Annual statistical returns and brief notes on vaccination in Bengal - 1887-1898
Year: 1887
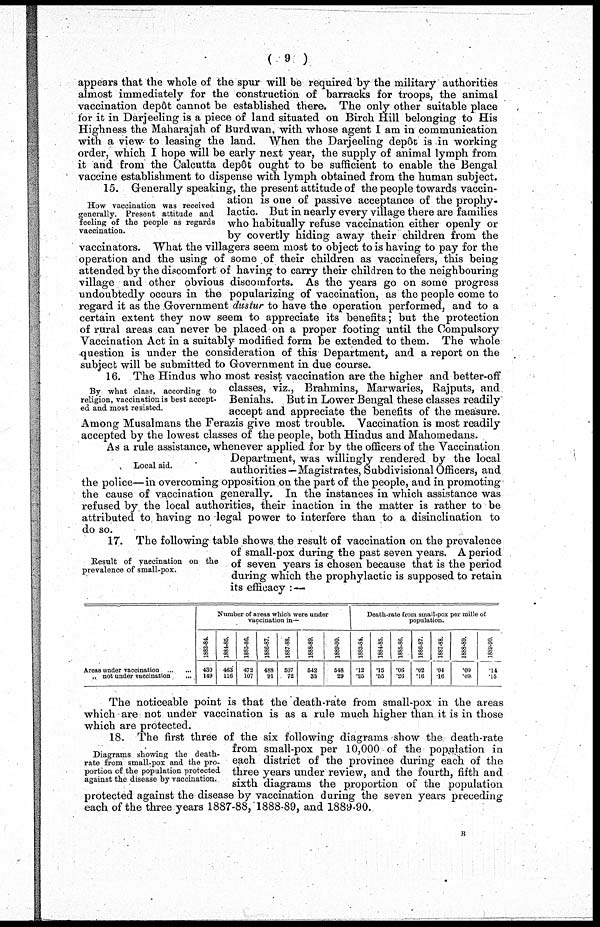
( 9 )
appears that the whole of the spur will be required by the military authorities
almost immediately for the construction of barracks for troops, the animal
vaccination depôt cannot be established there. The only other suitable place
for it in Darjeeling is a piece of land situated on Birch Hill belonging to His
Highness the Maharajah of Burdwan, with whose agent I am in communication
with a view to leasing the land. When the Darjeeling depôt is in working
order, which I hope will be early next year, the supply of animal lymph from
it and from the Calcutta depôt ought to be sufficient to enable the Bengal
vaccine establishment to dispense with lymph obtained from the human subject.
How vaccination was received
g enerally. Present attitude and
feeling of the people as regards
vaccination.
15. Generally speaking, the present attitude of the people towards vaccin-
ation is one of passive acceptance of the prophy-
lactic. But in nearly every village there are families
who habitually refuse vaccination either openly or
by covertly hiding away their children from the
vaccinators. What the villagers seem most to object to is having to pay for the
operation and the using of some of their children as vaccinefers, this being
attended by the discomfort of having to carry their children to the neighbouring
village and other obvious discomforts. As the years go on some progress
undoubtedly occurs in the popularizing of vaccination, as the people come to
regard it as the Government dustur to have the operation performed, and to a
certain extent they now seem to appreciate its benefits; but the protection
of rural areas can never be placed on a proper footing until the Compulsory
Vaccination Act in a suitably modified form be extended to them. The whole
question is under the consideration of this Department, and a report on the
subject will be submitted to Government in due course.
By what class, according to
religion, vaccination is best accept-
ed and most resisted.
16. The Hindus who most resist vaccination are the higher and better-off
classes, viz., Brahmins, Marwaries, Rajputs, and
Beniahs. But in Lower Bengal these classes readily
accept and appreciate the benefits of the measure.
Among Musalmans the Ferazis give most trouble. Vaccination is most readily
accepted by the lowest classes of the people, both Hindus and Mahomedans.
Local aid.
As a rule assistance, whenever applied for by the officers of the Vaccination
Department, was willingly rendered by the local
authorities—Magistrates, Subdivisional Officers, and
the police—in overcoming opposition on the part of the people, and in promoting
the cause of vaccination generally. In the instances in which assistance was
refused by the local authorities, their inaction in the matter is rather to be
attributed to having no legal power to interfere than to a disinclination to
do so.
Result of vaccination on the
prevalence of small-pox.
17. The following table shows the result of vaccination on the prevalence
of small-pox during the past seven years. A period
of seven years is chosen because that is the period
during which the prophylactic is supposed to retain
its efficacy : —
Areas under vaccination... ...
„ not under vaccination ... ...
Number of areas which were under
vaccination in—
1883-84.
430
149
1884-85.
463
116
1885-86.
472
107
1886-87.
488
91
1887-88.
507
72
1888-89.
542
35
1889-90.
548
29
Death-rate from small-pox per mille of
population.
1883-84.
.12
.25
1884-85.
.16
.55
1885-86.
.06
.26
1886-87.
.02
.16
1887-88.
.04
.16
1888-89.
.09
.09
1889-90.
.14
.15
The noticeable point is that the death-rate from small-pox in the areas
which are not under vaccination is as a rule much higher than it is in those
which are protected.
Diagrams showing the death-
rate from small-pox and the pro-
portion of the population protected
against the. disease by vaccination.
18. The first three of the six following diagrams show the death-rate
from small-pox per 10,000 of the population in
each district of the province during each of the
three years under review, and the fourth, fifth and
sixth diagrams the proportion of the population
protected against the disease by vaccination during the seven years preceding
each of the three years 1887-88, 1888-89, and 1889-90.
B